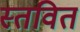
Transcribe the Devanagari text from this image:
स्तवित